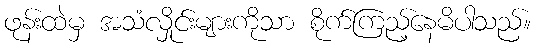
ဖုန်းထဲမှ အသံလှိုင်းများကိုသာ စိုက်ကြည့်နေမိပါသည်။